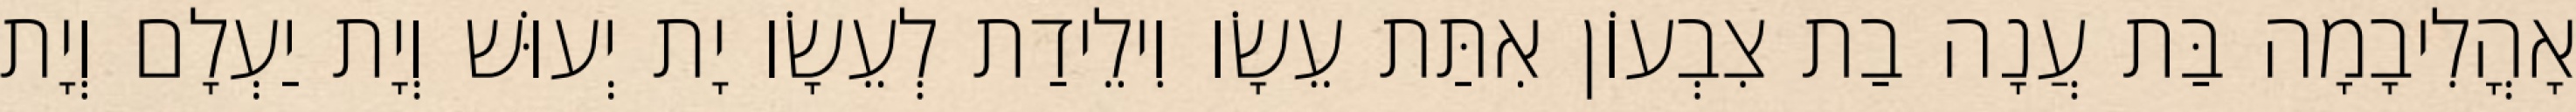
אָהֳלִיבָמָה בַּת עֲנָה בַת צִבְעוֹן אִתַּת עֵשָׂו וִילֵידַת לְעֵשָׂו יָת יְעוּשׁ וְיָת יַעְלָם וְיָת